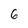
Character: 6